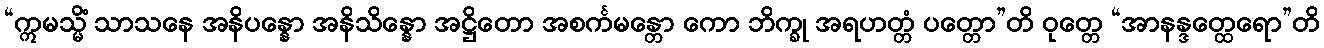
“ဣမသ္မိံ သာသနေ အနိပန္နော အနိသိန္နော အဋ္ဌိတော အစင်္ကမန္တော ကော ဘိက္ခု အရဟတ္တံ ပတ္တော”တိ ဝုတ္တေ “အာနန္ဒတ္ထေရော”တိ